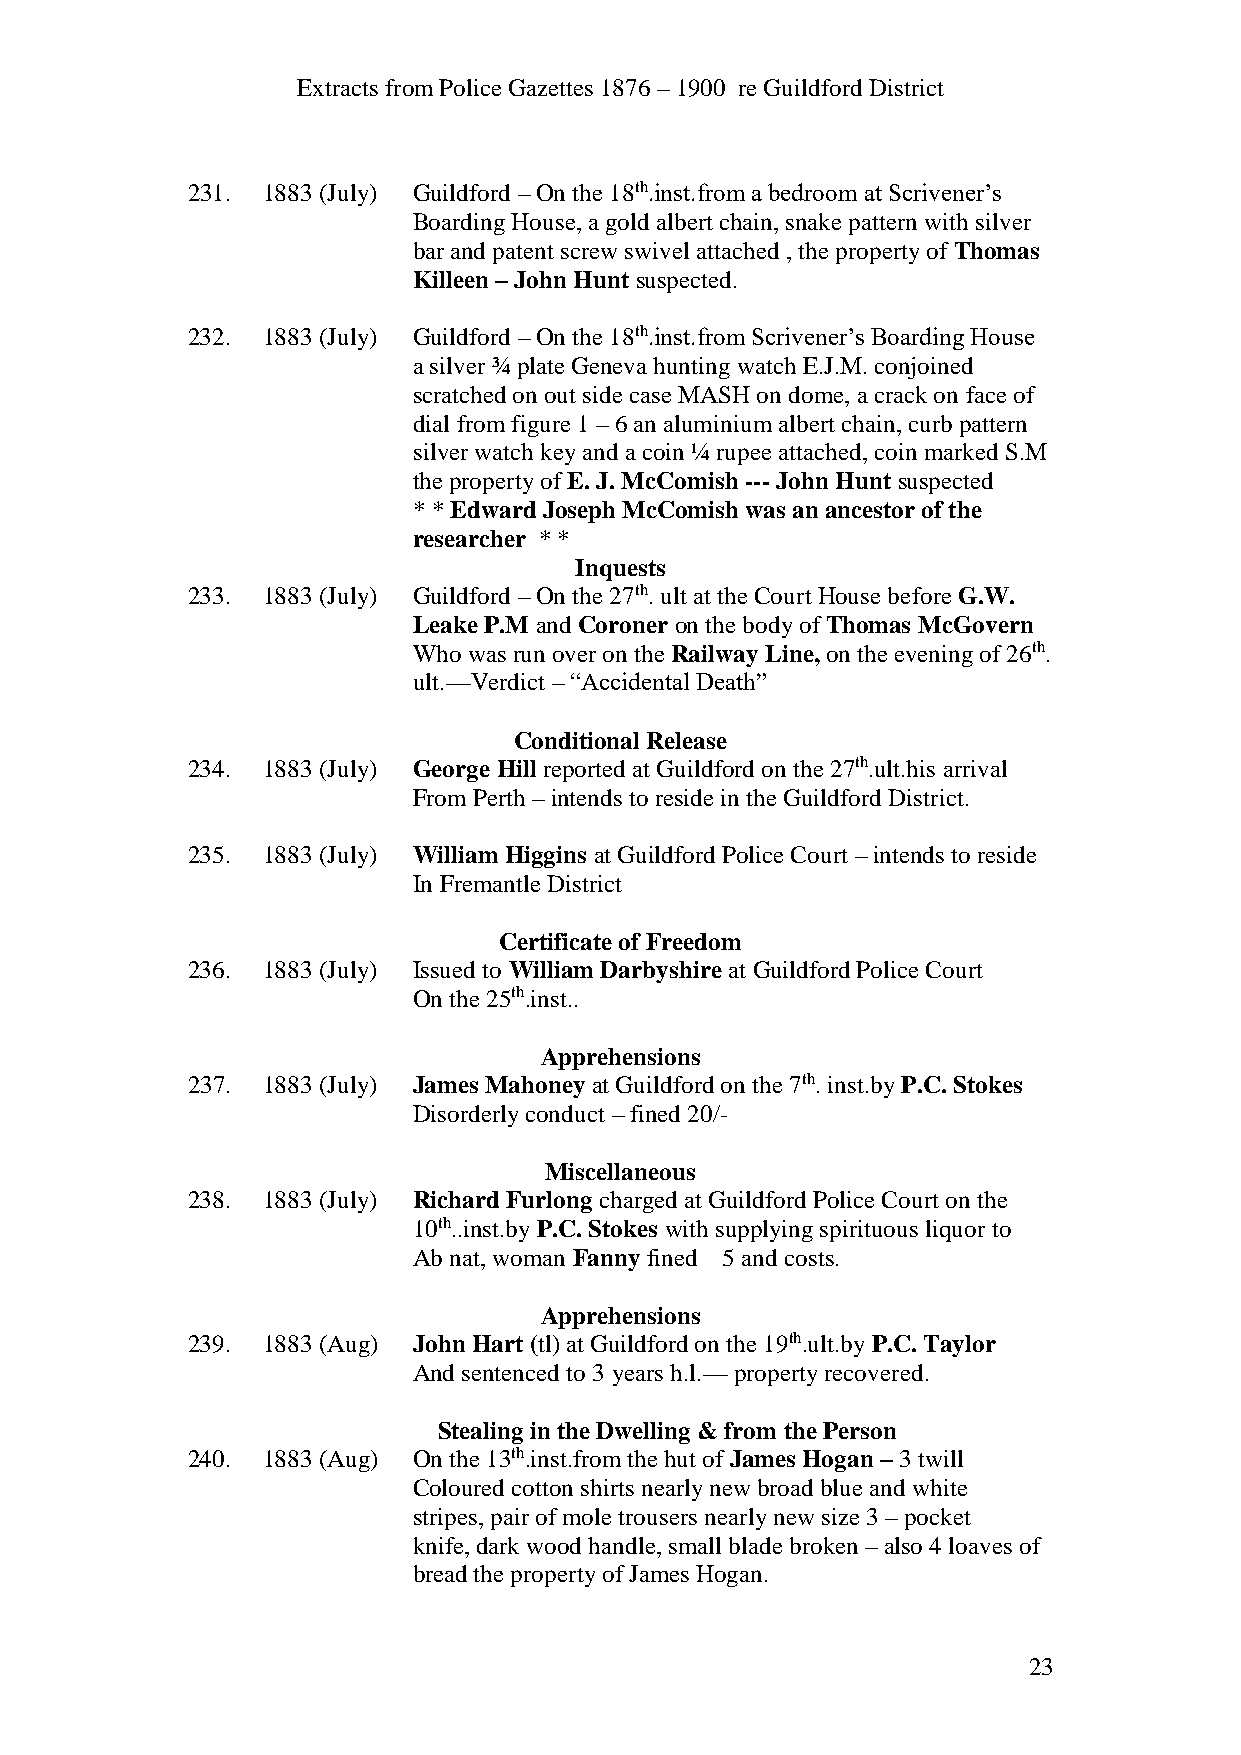
Extracts from Police Gazettes 1876 – 1900 re Guildford District
 231. 1883 (July) Guildford – On the 18th.inst.from a bedroom at Scrivener’s
 Boarding House, a gold albert chain, snake pattern with silver
 bar and patent screw swivel attached , the property of Thomas
 Killeen – John Hunt suspected.
 232. 1883 (July) Guildford – On the 18th.inst.from Scrivener’s Boarding House
 a silver ¾ plate Geneva hunting watch E.J.M. conjoined
 scratched on out side case MASH on dome, a crack on face of
 dial from figure 1 – 6 an aluminium albert chain, curb pattern
 silver watch key and a coin ¼ rupee attached, coin marked S.M
 the property of E. J. McComish --- John Hunt suspected
 * * Edward Joseph McComish was an ancestor of the
 researcher * *
 Inquests
 233. 1883 (July) Guildford – On the 27th. ult at the Court House before G.W.
 Leake P.M and Coroner on the body of Thomas McGovern
 Who was run over on the Railway Line, on the evening of 26th.
 ult.—Verdict – “Accidental Death”
 Conditional Release
 234. 1883 (July) George Hill reported at Guildford on the 27th.ult.his arrival
 From Perth – intends to reside in the Guildford District.
 235. 1883 (July) William Higgins at Guildford Police Court – intends to reside
 In Fremantle District
 Certificate of Freedom
 236. 1883 (July) Issued to William Darbyshire at Guildford Police Court
 On the 25th.inst..
 Apprehensions
 237. 1883 (July) James Mahoney at Guildford on the 7th. inst.by P.C. Stokes
 Disorderly conduct – fined 20/-
 Miscellaneous
 238. 1883 (July) Richard Furlong charged at Guildford Police Court on the
 10th..inst.by P.C. Stokes with supplying spirituous liquor to
 Ab nat, woman Fanny fined 5 and costs.
 Apprehensions
 239. 1883 (Aug) John Hart (tl) at Guildford on the 19th.ult.by P.C. Taylor
 And sentenced to 3 years h.l.— property recovered.
 Stealing in the Dwelling & from the Person
 240. 1883 (Aug) On the 13th.inst.from the hut of James Hogan – 3 twill
 Coloured cotton shirts nearly new broad blue and white
 stripes, pair of mole trousers nearly new size 3 – pocket
 knife, dark wood handle, small blade broken – also 4 loaves of
 bread the property of James Hogan.
 23